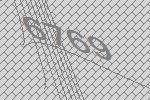
6769